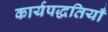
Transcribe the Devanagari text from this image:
कार्यपद्धतियाँ